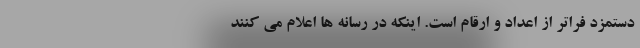
دستمزد فراتر از اعداد و ارقام است. اینکه در رسانه ها اعلام می کنند